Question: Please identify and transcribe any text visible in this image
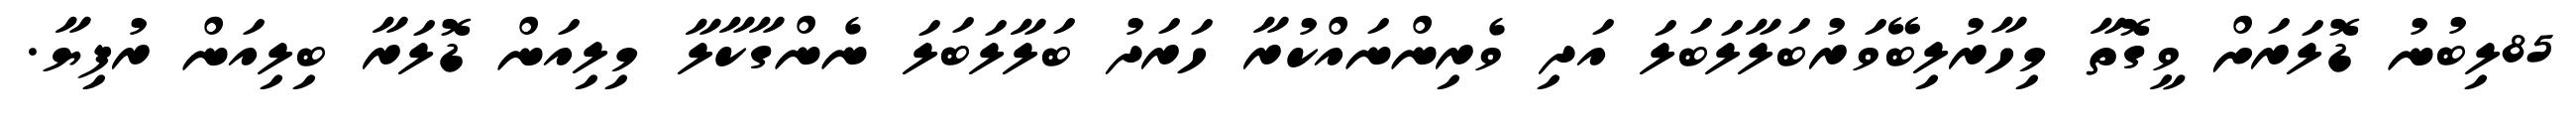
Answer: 85ލިބުނު ޑޮލަރަށް ވީގޮތާ މިހާރުލިބޭވަރުބަލާލަބަލަ އަދި ވެރިންނައްކުރާ ހަރަދު ބަލާލަބަލަ ނެންގާކާލާ މިލިއަން ޑޮލަރާ ބިލިއަން ރުފިޔާ.